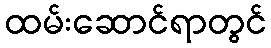
ထမ်းဆောင်ရာတွင်